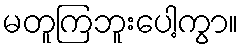
မတူကြဘူးပေါ့ကွာ။